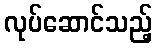
လုပ်ဆောင်သည့်